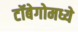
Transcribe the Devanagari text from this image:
टॉबेगोमध्ये